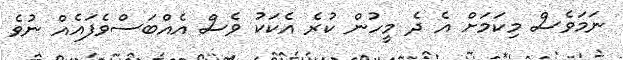
ނަމަވެސް މިކަމަށް އެ ދެ މީހުން ކުރެ އެކަކު ވެސް އެއްބަސްވެފައެއް ނުވެ